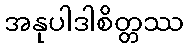
အနုပါဒါစိတ္တဿ